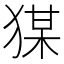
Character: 𭸘